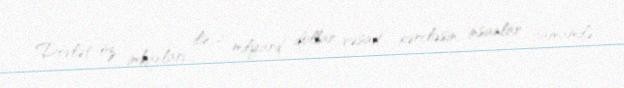
Dövlət öz imkanları ilə 2 milyard dollar vəsait xərcləsin, insanlar tamamilə